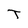
Character: T